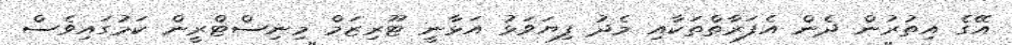
އޭގެ އިތުރުން ދެން އެފަރާތްތަކާއި މެދު ފިޔަވަޅު އަޅާނީ ޓޫރިޒަމް މިނިސްޓްރީން ކަމުގައިވެސް